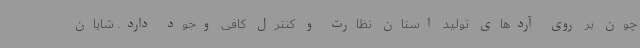
چون بر روی آردهای تولید استان نظارت و کنترل کافی وجود دارد. شایان